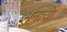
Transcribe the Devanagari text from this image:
भुनाये।